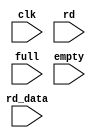
// This program was cloned from: https://github.com/AngeloJacobo/FPGA_Book_Experiments
// License: MIT License

`timescale 1ns / 1ps

module fifo_monitor #(parameter W=4,B=8)
	(
	input clk,
	input rd,
	input[B-1:0] rd_data,
	input full,empty
    );

	 reg[7:0] array_reg[1024:0];
	 integer i;
	 reg [39:0] msg;
	 
	 initial begin	
		$display("Output Desired");
		i=0;
		array_reg[0]="A";
		array_reg[1]="B";
		array_reg[2]="C";
		array_reg[3]="D";
		array_reg[4]="E";
		array_reg[5]="F";
		array_reg[6]="G";
		array_reg[7]="H";
		//array_reg[8];
		//array_reg[9];
		array_reg[10]="I";
		array_reg[11]="J";
		array_reg[12]="K";
		array_reg[13]="L";
		array_reg[14]="M";
		array_reg[15]="N";
		array_reg[16]="O";
		array_reg[17]="P";
		array_reg[18]="Q";
		array_reg[19]="R";
		array_reg[20]="S";
		array_reg[21]="T";
		array_reg[22]="U";
		array_reg[23]="V";
		array_reg[24]="W";
		array_reg[25]="X";
		array_reg[26]="I";
		array_reg[27]="I";
		array_reg[28]="I";
		array_reg[29]="I";
		array_reg[30]=1;
		array_reg[31]=2;
		array_reg[32]=3;
		array_reg[33]=4;
		array_reg[34]=5;
		array_reg[35]=6;
		array_reg[36]=7;
		array_reg[37]=8;
		array_reg[38]=9;
		array_reg[39]=10;
		array_reg[40]=11;
		array_reg[41]=12;
		array_reg[42]=13;
		array_reg[43]=14;
		array_reg[44]=15;
		array_reg[45]=16;
		array_reg[46]=17;
		array_reg[47]=18;
		array_reg[48]=19;
		array_reg[49]=20;
	 end
	 

	 
	 always @(posedge clk) begin
			if(rd) begin
				i<=i+1;
			end
			if(array_reg[i]==rd_data) begin
				msg=" ";
			end
			else msg="ERROR";
		
			$display("%h %h %s",rd_data,array_reg[i],msg);
			
	 end


endmodule